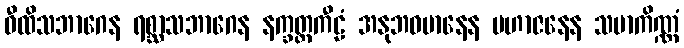
ဝီထိသဘာဂေန ရစ္ဆာသဘာဂေန နက္ခတ္တကီဠံ အနုဘဝမာနေန မဟာဇနေန သမာကိဏ္ဏံ